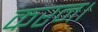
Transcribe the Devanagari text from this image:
करन।